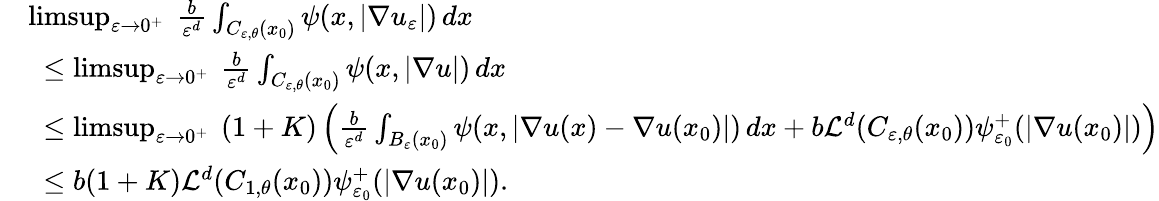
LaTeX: \begin{array}{rl}&{\operatorname*{limsup}_{\varepsilon\to 0^{+}}\ \frac{b}{\varepsilon^{d}}\int_{C_{\varepsilon,\theta}(x_{0})}\psi(x,|\nabla u_{\varepsilon}|)\, dx}\\ &{\ \leq\operatorname*{limsup}_{\varepsilon\to 0^{+}}\ \frac{b}{\varepsilon^{d}}\int_{C_{\varepsilon,\theta}(x_{0})}\psi(x,|\nabla u|)\, dx}\\ &{\ \leq\operatorname*{limsup}_{\varepsilon\to 0^{+}}\ (1+K)\left(\frac{b}{\varepsilon^{d}}\int_{B_{\varepsilon}(x_{0})}\psi(x,|\nabla u(x)-\nabla u(x_{0})|)\, dx+b\mathcal{L}^{d}(C_{\varepsilon,\theta}(x_{0}))\psi_{\varepsilon_{0}}^{+}(|\nabla u(x_{0})|)\right)}\\ &{\ \leq b(1+K)\mathcal{L}^{d}(C_{1,\theta}(x_{0}))\psi_{\varepsilon_{0}}^{+}(|\nabla u(x_{0})|).}\end{array}